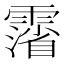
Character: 𲊉